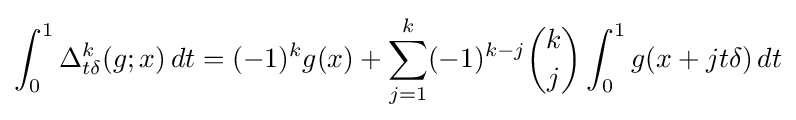
\int _{0}^{1}\Delta _{t\delta }^{k}(g;x)\,dt=(-1)^{k}g(x)+\sum _{j=1}^{k}(-1)^{k-j}{\binom {k}{j}}\int _{0}^{1}g(x+jt\delta )\,dt